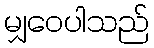
မျှဝေပါသည်